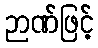
ဉာဏ်ဖြင့်